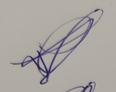
Signature authenticity: genuine